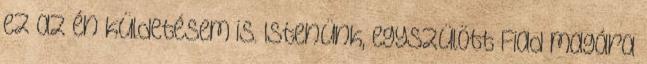
ez az én küldetésem is. Istenünk, egyszülött Fiad magára